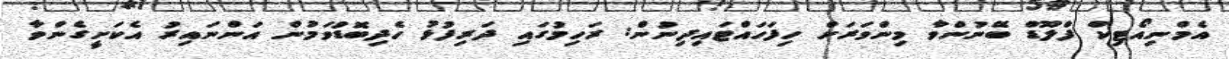
އެމްނިއޯޓިކް ފްލޫޑް ބޭނުންވާ މިންވަރަށް ހިފަހައްޓައިދިނުން: ރަހިމުގައި ދަރިފުޅު ހެދިބޮޑުވަމުން އަންނައިރު އެކަށީގެންވާ